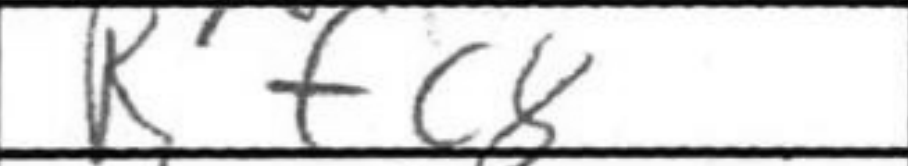
Transcription: Rfc8